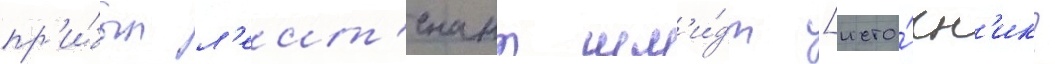
пр'и́был л'еит'енант шм'и́дт [исто́чн'ик?